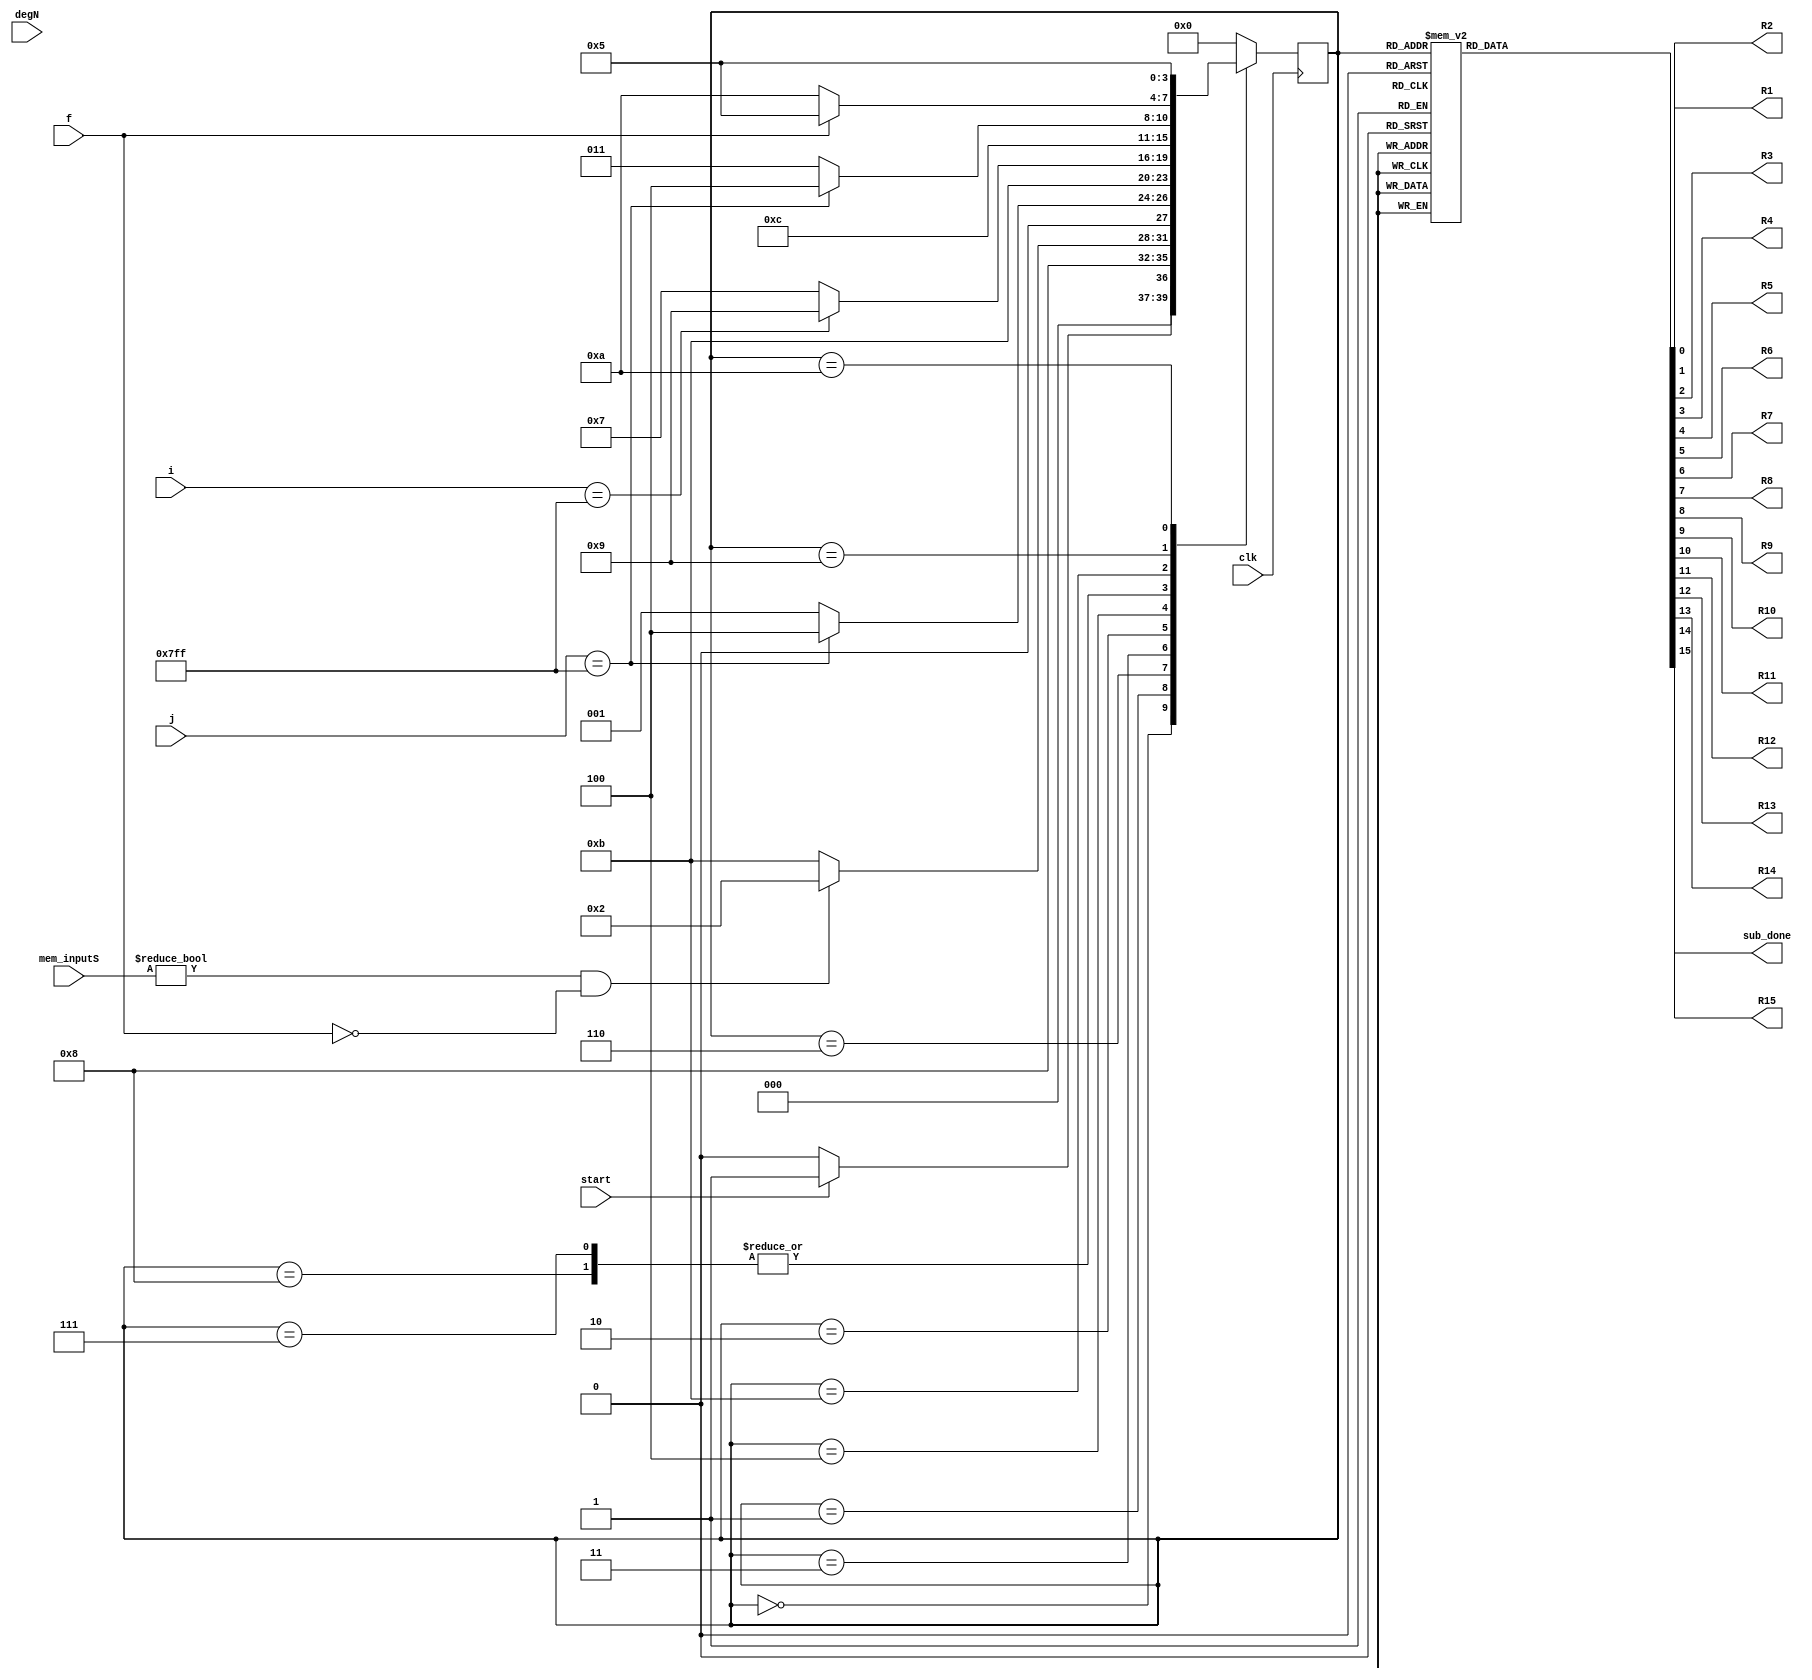
`timescale 1ns / 1ps
//////////////////////////////////////////////////////////////////////////////////
// Company: 
// Engineer: 
// 
// Design Name: 
// Module Name: subpolydiv_FSM
// Project Name: 
// Target Devices: 
// Tool Versions: 
// Description: 
// 
// Dependencies: 
// 
// Revision:
// Revision 0.01 - File Created
// Additional Comments:
// 
//////////////////////////////////////////////////////////////////////////////////


module subpolydiv_FSM(
    input clk,
    input start, f,
    input [12:0]mem_inputS,
    input [10:0] i,  degN,
    input  [10:0] j,
    output reg R1, R2, R3, R4, R5,R6, R7, R8, R9, R10, R11, R12, R13, R14, R15,
    output reg sub_done
    );
    
    parameter Inicio  = 4'b0000;
    parameter sub  = 4'b0001;
    parameter temp2= 4'b1000;
    parameter deg =4'b0010;
    parameter preg =4'b0011;
    parameter comp =4'b0100;
    parameter preg2 =4'b0110;
    parameter temp1= 4'b0111;
    parameter temp3= 4'b1011;
    parameter checkf= 4'b1001;
    parameter changef=4'b1010;
    parameter salida =4'b0101;


    reg [3:0] presente = Inicio; // Registro de Estado - Valor inicial
    reg [3:0] futuro;            // Entrada del registro de Estado

    // Registro de estado 
    always @(posedge clk)
        presente <= futuro;

    // Lgica del estado siguiente
    always @(presente,start,i, j, f, degN, mem_inputS)
        case (presente)
            Inicio :
                if(start)
                    futuro <= sub;            
                else
                    futuro <= Inicio;
            sub:
                futuro <= temp2;
            preg2:
                if(mem_inputS!=0 && f==0)
                    futuro<=deg;
                else
                    futuro <= temp3;
            preg:
                if (j==2047)
                    futuro<=comp;
                else
                    futuro<=sub;
            temp2:
                 futuro <= preg2;
            deg:
                futuro<=temp3;
 
            comp:
                 if (i==2047)
                    futuro<=checkf;
                else
                    futuro<=temp1;
            temp1:
                futuro<=preg2;
            temp3:
                 if (j==2047)
                    futuro<=comp;
                else
                    futuro<=preg;
            checkf:
                if (f==1)
                    futuro<=salida;
                else
                    futuro<=changef;  
            changef:
                futuro<=salida;                    
            salida:
                futuro <= Inicio; 
            default:
                futuro <= Inicio;
        endcase
    
    // Lgica de salida
    always @(presente)
        case (presente)
            Inicio : begin
                R1 <= 1'b0;
                R2 <= 1'b1;
                R3 <= 1'b0;
                R4 <= 1'b1;
                R5 <= 1'b0;
                R6 <= 1'b0;
                R7 <= 1'b0;
                R8<= 1'b0;
                R9<= 1'b0;
                R10<= 1'b0;
                R11<= 1'b1;
                R12<= 1'b0;
                R13<= 1'b0;
                R14<= 1'b0;
                R15<= 1'b1;
                sub_done <= 1'b0; 
            end                     
            sub: begin
                R1 <= 1'b0;
                R2 <= 1'b0;
                R3 <= 1'b0;
                R4 <= 1'b0;
                R5 <= 1'b0;
                R6 <= 1'b0;
                R7 <= 1'b0;
                R8<= 1'b1;
                R9<= 1'b1;
                R10<= 1'b0;
                R11<= 1'b1;
                R12<= 1'b1;
                R13<= 1'b1;
                R14<= 1'b0;
                R15<= 1'b1;
                sub_done <= 1'b0;
            end
            temp2: begin
                R1 <= 1'b1;
                R2 <= 1'b1;
                R3 <= 1'b1;
                R4 <= 1'b1;
                R5 <= 1'b1;
                R6 <= 1'b1;
                R7 <= 1'b1;
                R8<= 1'b1;
                R9<= 1'b1;
                R10<= 1'b0;
                R11<= 1'b1;
                R12<= 1'b1;
                R13<= 1'b1;
                R14<= 1'b0;
                R15<= 1'b1;
                sub_done <= 1'b0;
            end
            deg: begin
                R1 <= 1'b1;
                R2 <= 1'b1;
                R3 <= 1'b1;
                R4 <= 1'b1;
                R5 <= 1'b1;
                R6 <= 1'b1;
                R7 <= 1'b1;
                R8<= 1'b0;
                R9<= 1'b0;
                R10<= 1'b0;
                R11<= 1'b0;
                R12<= 1'b0;
                R13<= 1'b1;
                R14<= 1'b0;
                R15<= 1'b1;
                sub_done <= 1'b0;
            end
            preg: begin
                R1 <= 1'b1;
                R2 <= 1'b1;
                R3 <= 1'b1;
                R4 <= 1'b1;
                R5 <= 1'b1;
                R6 <= 1'b1;
                R7 <= 1'b1;
                R8<= 1'b0;
                R9<= 1'b0;
                R10<= 1'b0;
                R11<= 1'b1;
                R12<= 1'b1;
                R13<= 1'b1;
                R14<= 1'b0;
                R15<= 1'b1;
                sub_done <= 1'b0;
            end
            comp: begin
                R1 <= 1'b1;
                R2 <= 1'b0;
                R3 <= 1'b1;
                R4 <= 1'b1;
                R5 <= 1'b0;
                R6 <= 1'b1;
                R7 <= 1'b0;
                R8<= 1'b1;
                R9<= 1'b0;
                R10<= 1'b1;
                R11<= 1'b1;
                R12<= 1'b1;
                R13<= 1'b1;
                R14<= 1'b0;
                R15<= 1'b1;
                sub_done <= 1'b0;
            end
            temp1: begin
                R1 <= 1'b0;
                R2 <= 1'b0;
                R3 <= 1'b1;
                R4 <= 1'b1;
                R5 <= 1'b1;
                R6 <= 1'b1;
                R7 <= 1'b1;
                R8<= 1'b1;
                R9<= 1'b0;
                R10<= 1'b1;
                R11<= 1'b1;
                R12<= 1'b1;
                R13<= 1'b1;
                R14<= 1'b0;
                R15<= 1'b1;
                sub_done <= 1'b0;
            end
            preg2: begin
                R1 <= 1'b1;
                R2 <= 1'b1;
                R3 <= 1'b1;
                R4 <= 1'b1;
                R5 <= 1'b1;
                R6 <= 1'b1;
                R7 <= 1'b1;
                R8<= 1'b1;
                R9<= 1'b0;
                R10<= 1'b0;
                R11<= 1'b1;
                R12<= 1'b1;
                R13<= 1'b1;
                R14<= 1'b0;
                R15<= 1'b1;
                sub_done <= 1'b0;
            end
            temp3: begin
                R1 <= 1'b1;
                R2 <= 1'b1;
                R3 <= 1'b1;
                R4 <= 1'b1;
                R5 <= 1'b1;
                R6 <= 1'b1;
                R7 <= 1'b1;
                R8<= 1'b0;
                R9<= 1'b0;
                R10<= 1'b0;
                R11<= 1'b1;
                R12<= 1'b1;
                R13<= 1'b1;
                R14<= 1'b0;
                R15<= 1'b1;
                sub_done <= 1'b0;
            end
            checkf:begin
                R1 <= 1'b1;
                R2 <= 1'b1;
                R3 <= 1'b1;
                R4 <= 1'b1;
                R5 <= 1'b1;
                R6 <= 1'b1;
                R7 <= 1'b1;
                R8<= 1'b0;
                R9<= 1'b0;
                R10<= 1'b0;
                R11<= 1'b1;
                R12<= 1'b1;
                R13<= 1'b1;
                R14<= 1'b0;
                R15<= 1'b1;
                sub_done <= 1'b1;
            end
            changef:begin
                R1 <= 1'b1;
                R2 <= 1'b1;
                R3 <= 1'b1;
                R4 <= 1'b1;
                R5 <= 1'b1;
                R6 <= 1'b1;
                R7 <= 1'b1;
                R8<= 1'b0;
                R9<= 1'b0;
                R10<= 1'b0;
                R11<= 1'b1;
                R12<= 1'b1;
                R13<= 1'b1;
                R14<= 1'b0;
                R15<= 1'b0;
                sub_done <= 1'b1;
            end
            salida: begin
                R1 <= 1'b1;
                R2 <= 1'b1;
                R3 <= 1'b1;
                R4 <= 1'b1;
                R5 <= 1'b1;
                R6 <= 1'b1;
                R7 <= 1'b1;
                R8<= 1'b0;
                R9<= 1'b0;
                R10<= 1'b0;
                R11<= 1'b1;
                R12<= 1'b1;
                R13<= 1'b1;
                R14<= 1'b0;
                R15<= 1'b1;
                sub_done <= 1'b1;
            end
            default: begin
                R1 <= 1'b0;
                R2 <= 1'b1;
                R3 <= 1'b0;
                R4 <= 1'b1;
                R5 <= 1'b0;
                R6 <= 1'b0;
                R7 <= 1'b0;
                R8<= 1'b0;
                R9<= 1'b0;
                R10<= 1'b0;
                R11<= 1'b1;
                R12<= 1'b1;
                R13<= 1'b1;
                R14<= 1'b0;
                R15<= 1'b1;
                sub_done <= 1'b0;
            end
      endcase
endmodule